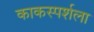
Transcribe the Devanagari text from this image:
काकस्पर्शला